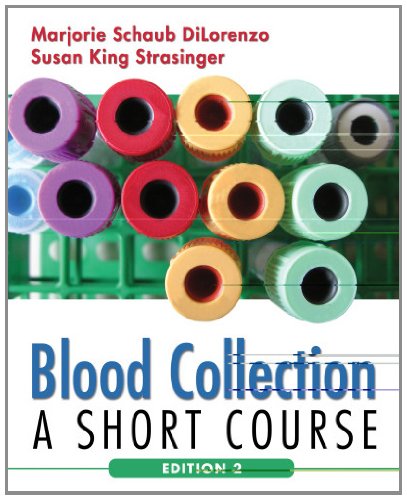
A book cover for Blood Collection: A Short Course (Di Lorenzo, Blood Collection); Marjorie Schaub Di Lorenzo MLS(ASCP)SH; Medical Books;